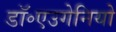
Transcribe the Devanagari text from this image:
डॉ॰एउगेनियो